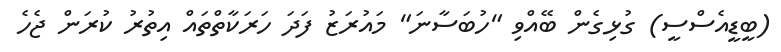
(ބީޑީއެސްސީ) ގުޅިގެން ބޭއްވި "ހުބަސާނަ" މައުރަޒު ފަދަ ހަރަކާތްތައް އިތުރު ކުރަން ޖެހެ